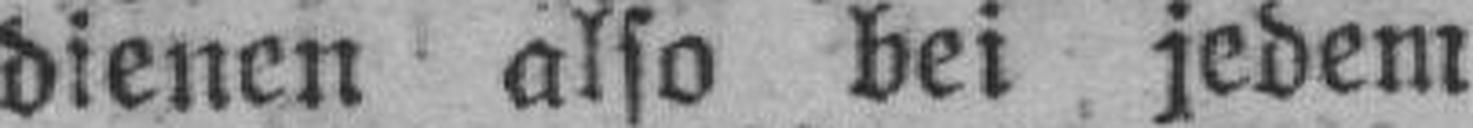
dienen also bei jedem